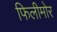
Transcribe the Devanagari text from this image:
फिलीमोर